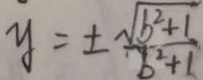
y = \pm \frac { \sqrt { b ^ { 2 } + 1 } } { b ^ { 2 } + 1 }